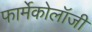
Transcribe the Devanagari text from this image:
फार्मेकोलॉजी